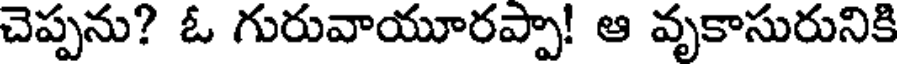
చెప్పను? ఓ గురువాయూరప్పా! ఆ వృకాసురునికి